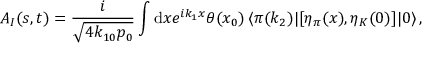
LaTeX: A _ { I } ( s , t ) = { \frac { i } { \sqrt { 4 k _ { 1 0 } p _ { 0 } } } } \int \mathrm { d } x e ^ { i k _ { 1 } x } \theta ( x _ { 0 } ) \, \langle \pi ( k _ { 2 } ) | [ \eta _ { \pi } ( x ) , \eta _ { K } ( 0 ) ] | 0 \rangle \, ,